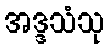
အဒ္ဒသံသု